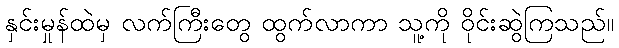
နှင်းမှုန်ထဲမှ လက်ကြီးတွေ ထွက်လာကာ သူ့ကို ဝိုင်းဆွဲကြသည်။